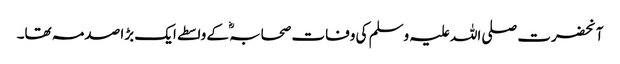
آنحضرت صلی اللہ علیہ وسلم کی وفات صحابہؓ کے واسطے ایک بڑا صدمہ تھا۔